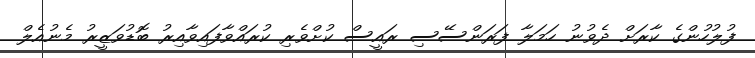
ފުލުހުންގެ ކާރަށް ދެވުނު ހަމަލާ ފަރަންސޭސި ރައީސް ކުށްވެރި ކުރައްވާފައިވާއިރު ބޮޑުވަޒީރު މެނުއެލް